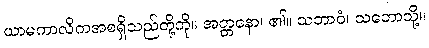
ယာမကာလိကအစရှိသည်တို့ကို။ အတ္တနော၊ ၏။ သဘာဝံ၊ သဘောသို့။